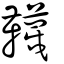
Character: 韈